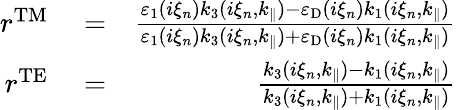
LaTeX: \begin{array}{rlr}{r^{\mathrm{TM}}}&{{}=}&{\frac{\varepsilon_{1}(i\xi_{n})k_{3}(i\xi_{n},k_{\parallel})-\varepsilon_{\mathrm{D}}(i\xi_{n})k_{1}(i\xi_{n},k_{\parallel})}{\varepsilon_{1}(i\xi_{n})k_{3}(i\xi_{n},k_{\parallel})+\varepsilon_{\mathrm{D}}(i\xi_{n})k_{1}(i\xi_{n},k_{\parallel})}}\\ {r^{\mathrm{TE}}}&{{}=}&{\frac{k_{3}(i\xi_{n},k_{\parallel})-k_{1}(i\xi_{n},k_{\parallel})}{k_{3}(i\xi_{n},k_{\parallel})+k_{1}(i\xi_{n},k_{\parallel})}}\end{array}